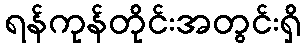
ရန်ကုန်တိုင်းအတွင်းရှိ